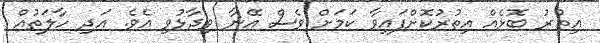
އިތުރު ބޮޅެއް އިތުރުކޮށްފައިވާ ކަމަށް ވެސް އޭނާ ވިދާޅުވި އެވެ. އަދި ހާލަތުއް